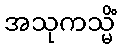
အသုကသ္မိံ